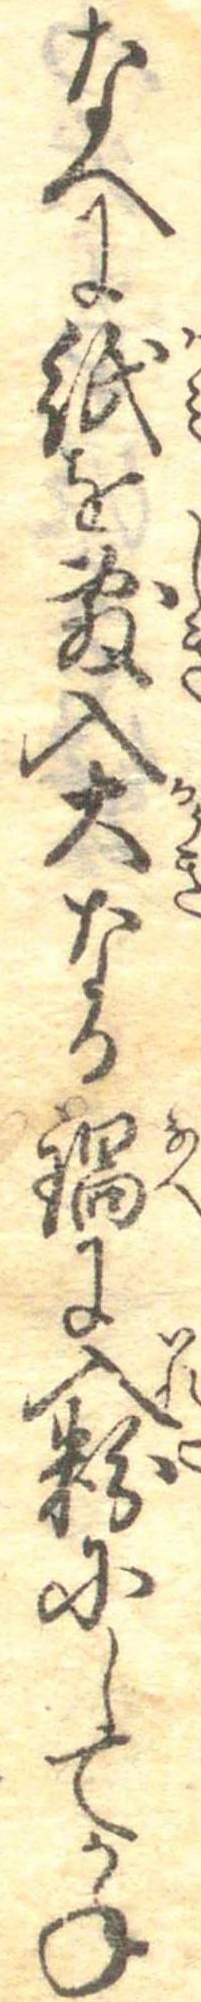
なへに紙を敷入大なる鍋に入粉にしてかね